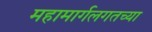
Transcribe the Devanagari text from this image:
महामार्गलगतच्या